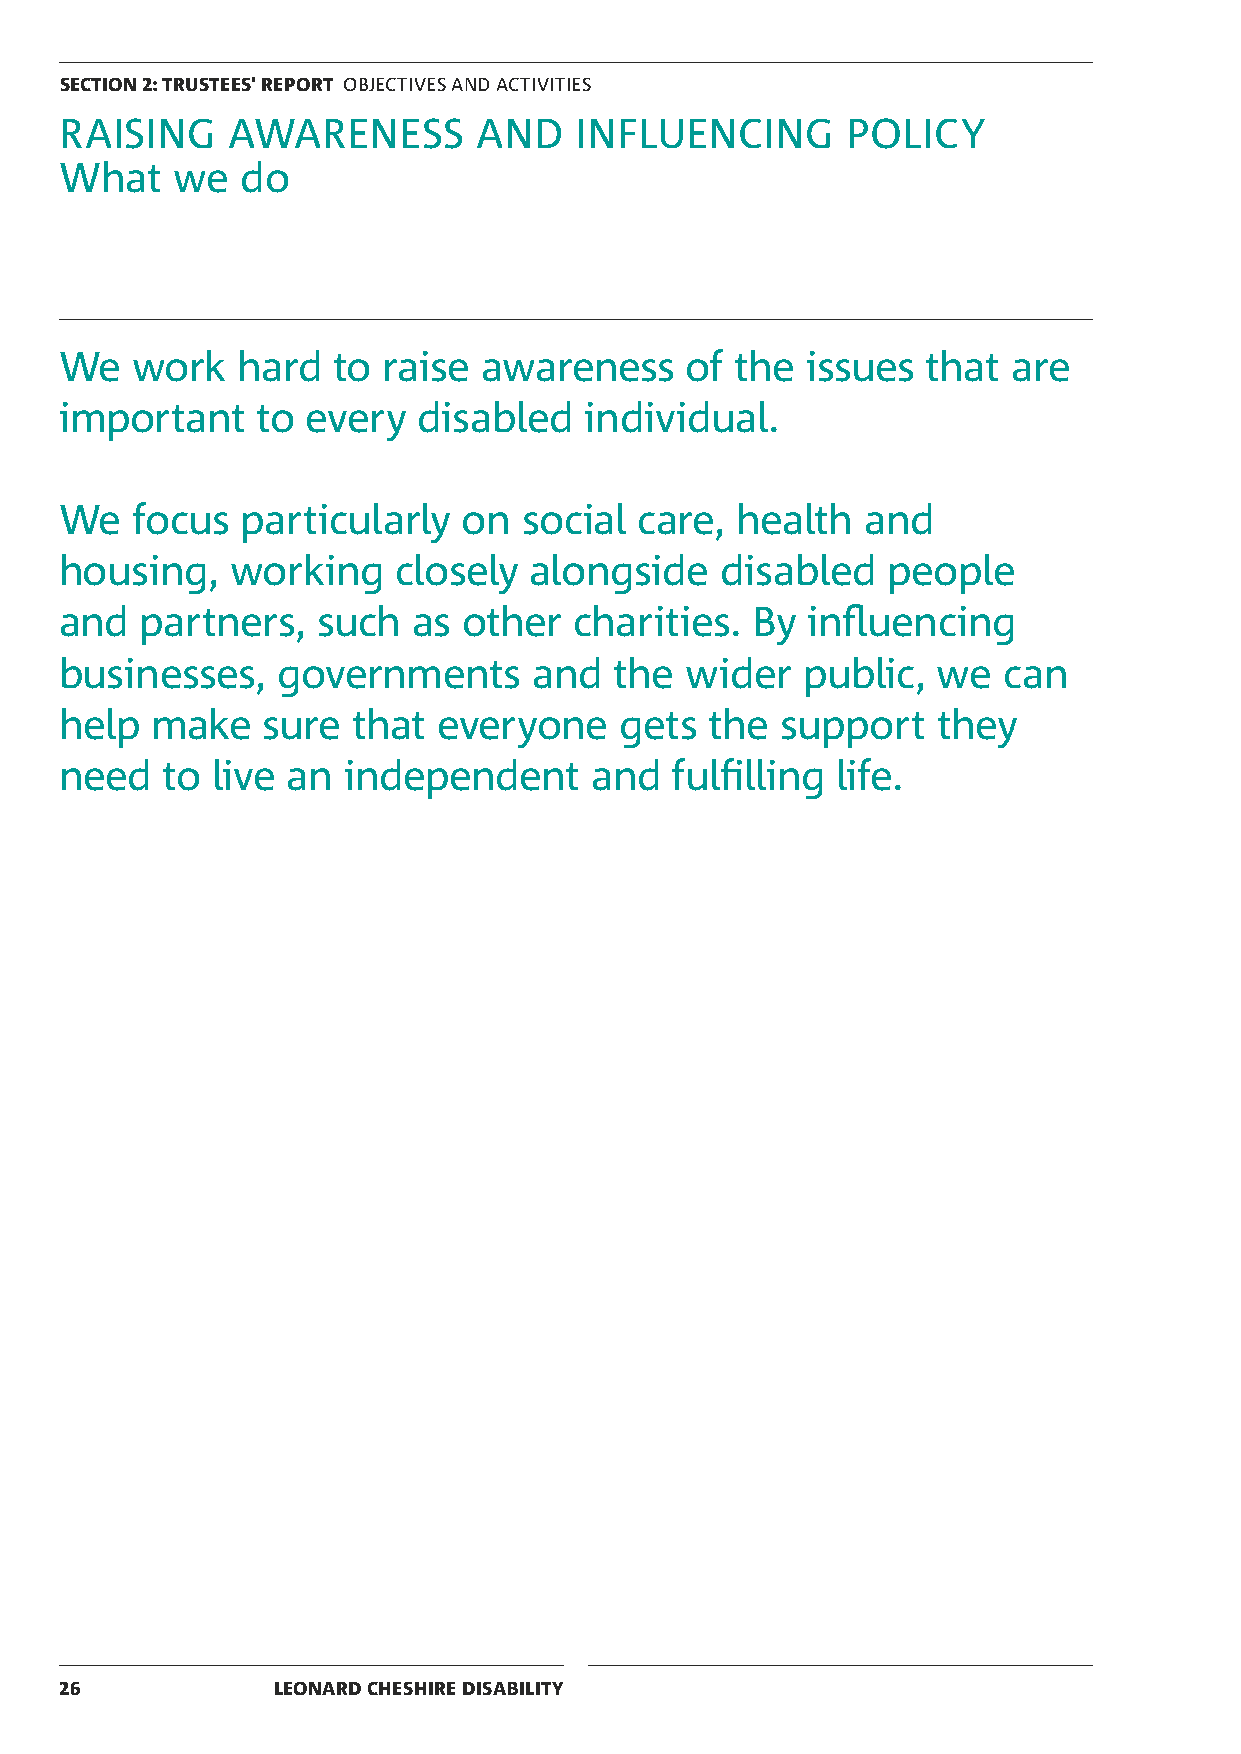
SECTION 2: TRUSTEES' REPORT OBJECTIVES AND ACTIVITIES
 RAISING    AWARENESS        AND   INFLUENCING       POLICY
 What   we   do
 We   work   hard  to raise  awareness    of  the issues  that  are
 important    to every   disabled   individual.
 We   focus  particularly   on  social care,  health  and
 housing,   working    closely  alongside    disabled   people
 and  partners,   such  as  other  charities.  By influencing
 businesses,   governments      and   the wider   public,  we  can
 help  make   sure  that  everyone    gets  the  support   they
 need   to live an  independent     and  fulfilling life.
 26            LEONARD CHESHIRE DISABILITY